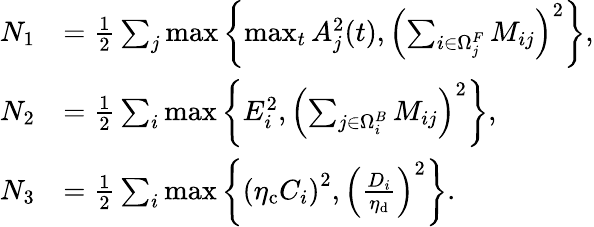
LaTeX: \begin{array}{rl}{N_{1}}&{=\frac{1}{2}\sum_{j}\operatorname*{max}\left\{ \operatorname*{max}_{t}A_{j}^{2}(t),\left(\sum_{i\in\Omega_{j}^{F}}M_{ij}\right)^{2}\right\} ,}\\ {N_{2}}&{=\frac{1}{2}\sum_{i}\operatorname*{max}\left\{ E_{i}^{2},\left(\sum_{j\in\Omega_{i}^{B}}M_{ij}\right)^{2}\right\} ,}\\ {N_{3}}&{=\frac{1}{2}\sum_{i}\operatorname*{max}\left\{ \left(\eta_{\mathrm{c}}C_{i}\right)^{2},\left(\frac{D_{i}}{\eta_{\mathrm{d}}}\right)^{2}\right\} .}\end{array}